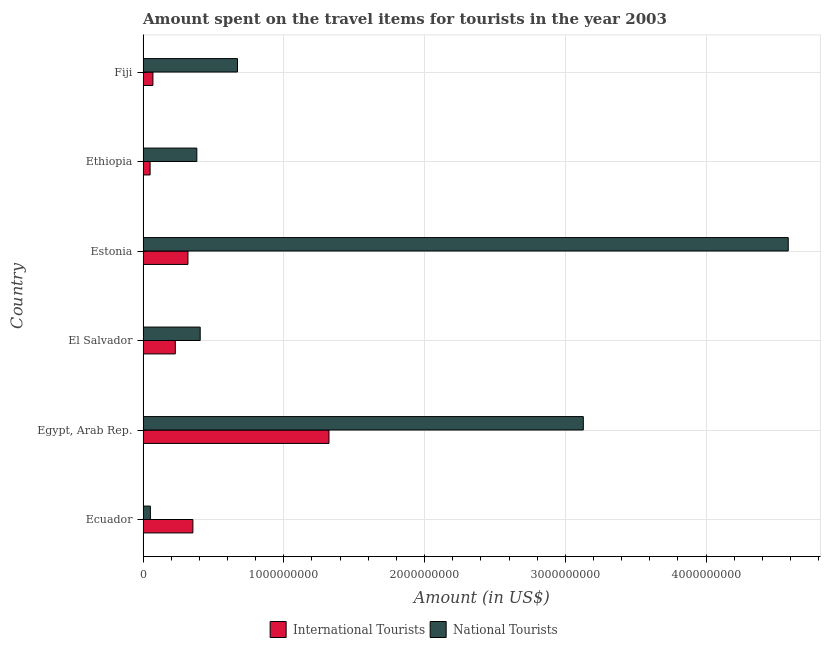
| Country | International Tourists | National Tourists |
 | --- | --- | --- |
 | Ecuador | 3.54e+08 | 5.2e+07 |
 | Egypt, Arab Rep. | 1.32e+09 | 3.13e+09 |
 | El Salvador | 2.29e+08 | 4.06e+08 |
 | Estonia | 3.19e+08 | 4.58e+09 |
 | Ethiopia | 5e+07 | 3.82e+08 |
 | Fiji | 7e+07 | 6.71e+08 |